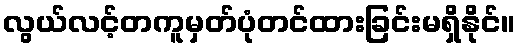
လွယ်လင့်တကူမှတ်ပုံတင်ထားခြင်းမရှိနိုင်။